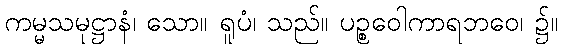
ကမ္မသမုဋ္ဌာနံ၊ သော။ ရူပံ၊ သည်။ ပဉ္စဝေါကာရဘဝေ၊ ၌။